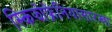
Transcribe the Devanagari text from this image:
स्किझोफ्रेनियासारखा